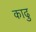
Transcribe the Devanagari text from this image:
काढु